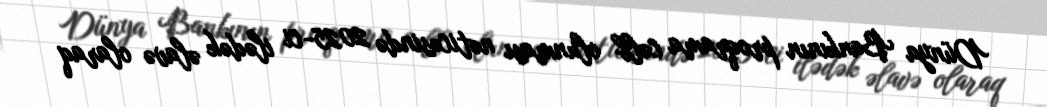
Dünya Bankının proqrama cəlb olunması nəticəsində 2025-ci ilədək əlavə olaraq